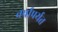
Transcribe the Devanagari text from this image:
वर्षांपर्यत